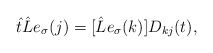
\begin{align*}\hat t\hat Le_\sigma (j)=[\hat Le_\sigma (k)]D_{kj}(t),\end{align*}